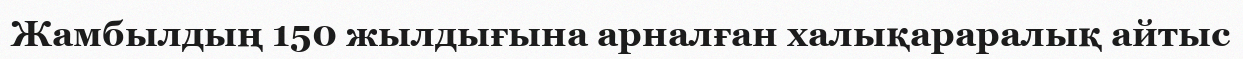
Жамбылдың 150 жылдығына арналған халықараралық айтыс